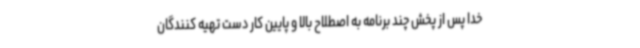
خدا پس از پخش چند برنامه به اصطلاح بالا و پایین کار دست تهیه کنندگان